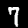
Label: 7